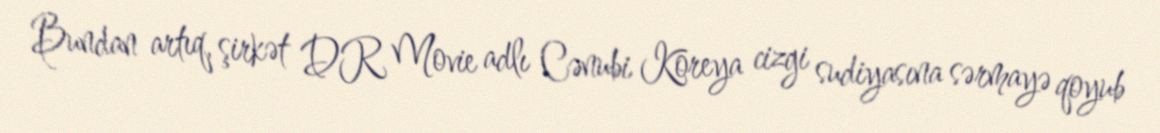
Bundan artıq, şirkət DR Movie adlı Cənubi Koreya cizgi sudiyasına sərmayə qoyub